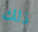
ذلك